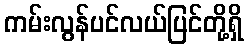
ကမ်းလွန်ပင်လယ်ပြင်တို့ရှိ